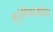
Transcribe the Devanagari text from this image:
कुटुंबियांसहित